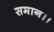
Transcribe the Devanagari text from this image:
समान।।